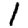
Digit: 1